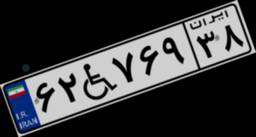
۳۱W۲۲۱۰۶